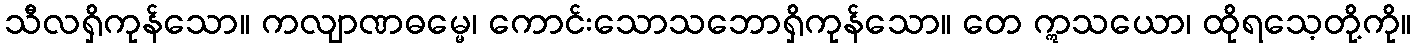
သီလရှိကုန်သော။ ကလျာဏဓမ္မေ၊ ကောင်းသောသဘောရှိကုန်သော။ တေ ဣသယော၊ ထိုရသေ့တို့ကို။